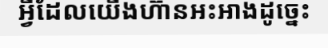
អ្វីដែលយើងហ៊ានអះអាងដូច្នេះ